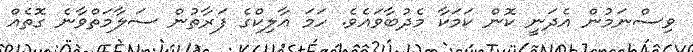
ވިސްނަމުން އެދަނީ ކޮން ކަމަކާ މެދުބާވައެވެ. ހަމަ އާލިކްގެ ފަރާތުން ސަލާމަތްވާނެ ގޮތެއް